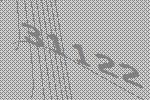
31122